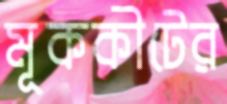
মূককীটের